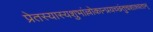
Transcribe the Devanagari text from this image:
प्रेतस्यास्यशुभांल्लोकान्प्रयच्छंतुचशाश्वतान्